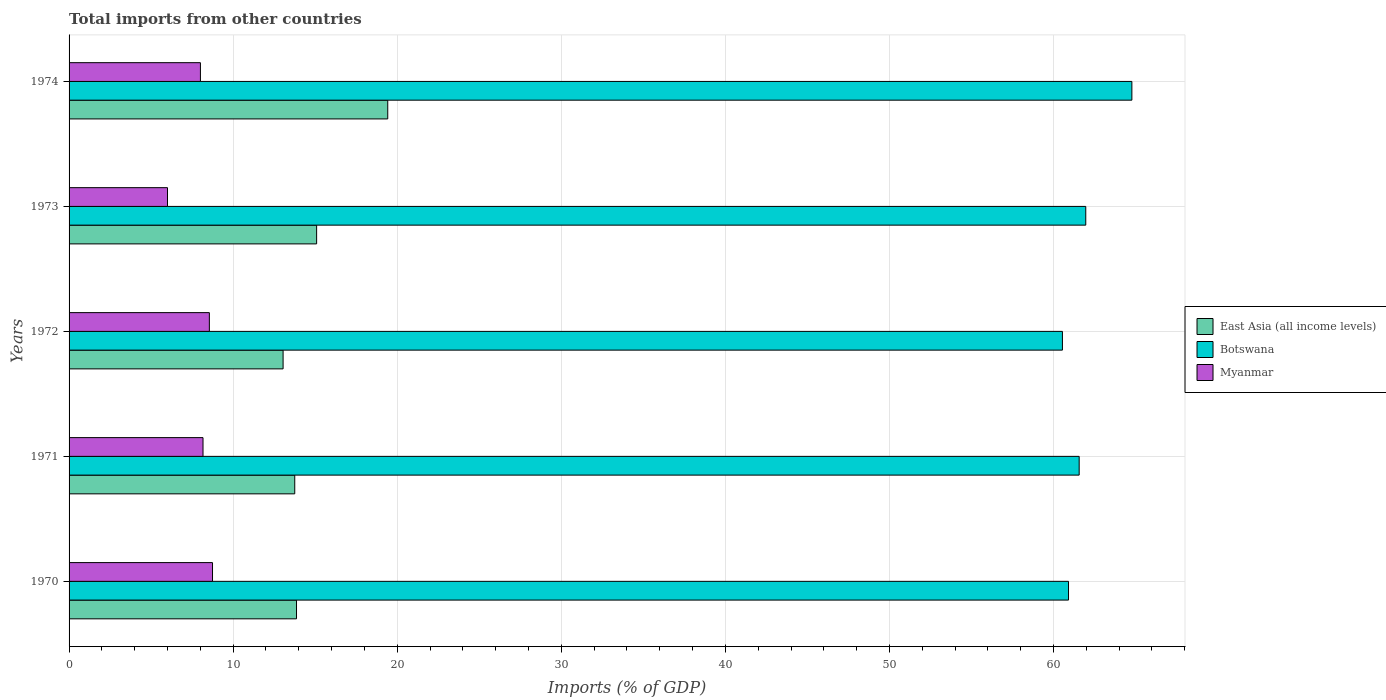
| Years | East Asia (all income levels) | Botswana | Myanmar |
 | --- | --- | --- | --- |
 | 1970 | 13.9 | 60.9 | 8.74 |
 | 1971 | 13.8 | 61.6 | 8.16 |
 | 1972 | 13 | 60.5 | 8.55 |
 | 1973 | 15.1 | 62 | 6 |
 | 1974 | 19.4 | 64.8 | 8.01 |